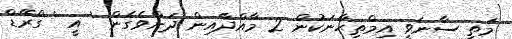
މަތީ ސާނަވީ އިމްތިޙާނަކުން 2 މާއްދާއިން ދަށްވެގެން ' އީ ' ގްރޭޑް